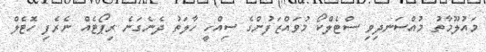
މައުލޫމާތު މުއްސަނދިވި ސްޓެލްކޯ މުވައްޒަފުންގެ ސިއްހީ ހާލަތު ދެނެގަނެ ރިޕޯޓެއް ނެރެފި ހޮޓެލް